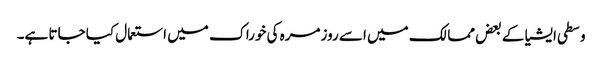
وسطی ایشیا کے بعض ممالک میں اسے روزمرہ کی خوراک میں استعمال کیا جاتا ہے۔